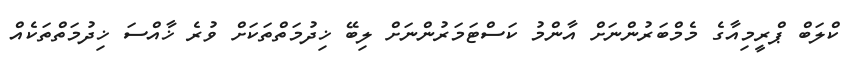
ކްލަބް ޕްރީމިއާގެ މެމްބަރުންނަށް އާންމު ކަސްޓަމަރުންނަށް ލިބޭ ޚިދުމަތްތަކަށް ވުރެ ޚާއްސަ ޚިދުމަތްތަކެއް